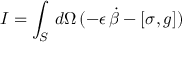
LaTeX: I = \int _ { S } \, d \Omega \, ( - \epsilon \, \dot { \beta } - [ \sigma , g ] )